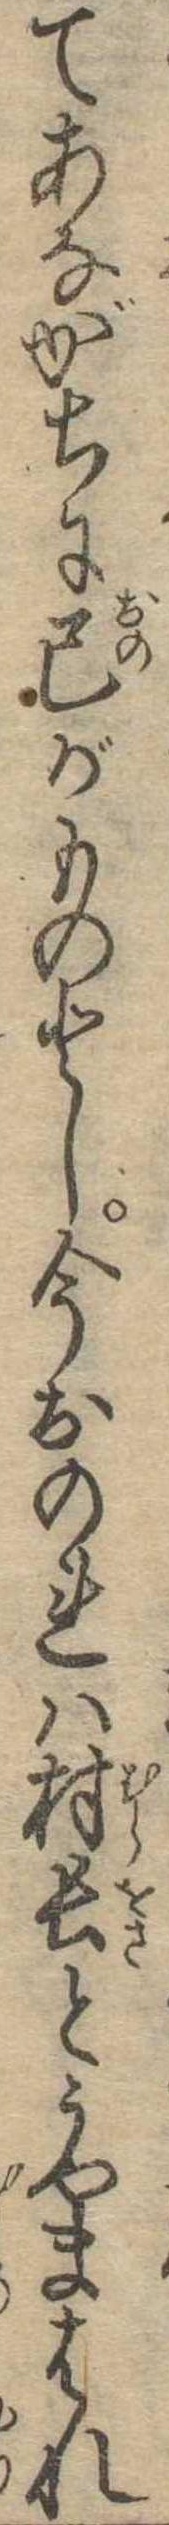
てあながちに己がものとし今おのれは村長とうやまはれ